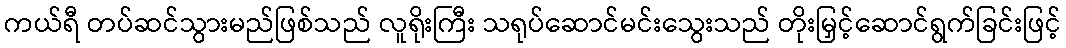
ကယ်ရီ တပ်ဆင်သွားမည်ဖြစ်သည် လူရိုးကြီး သရုပ်ဆောင်မင်းသွေးသည် တိုးမြှင့်ဆောင်ရွက်ခြင်းဖြင့်